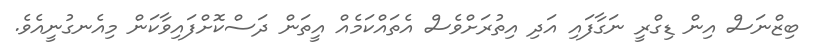
ބިޒްނަސް އިން ޑިގްރީ ނަގާފައި އަދި އިތުރަށްވެސް އެތައްކަމެއް އީތަން ދަސްކޮށްފައިވާކަން މިއެނގުނީއެވެ.